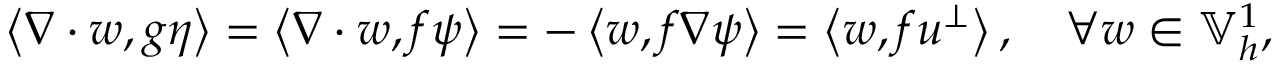
\begin{array} { r } { \left\langle \nabla \cdot w , g \eta \right\rangle = \left\langle \nabla \cdot w , f \psi \right\rangle = - \left\langle w , f \nabla \psi \right\rangle = \left\langle w , f u ^ { \perp } \right\rangle , \quad \forall w \in \mathbb { V } _ { h } ^ { 1 } , } \end{array}